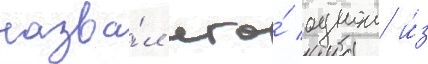
назва́л его́ однои и́з